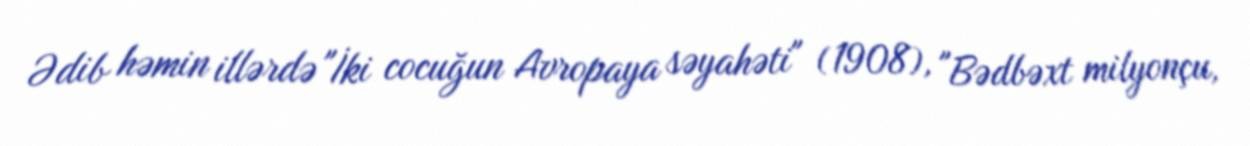
Ədib həmin illərdə "İki cocuğun Avropaya səyahəti" (1908), "Bədbəxt milyonçu,